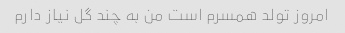
امروز تولد همسرم است من به چند گل نیاز دارم